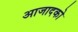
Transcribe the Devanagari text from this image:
आजादको